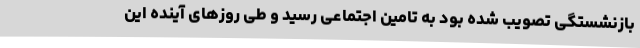
بازنشستگی تصویب شده بود به تامین اجتماعی رسید و طی روزهای آینده این